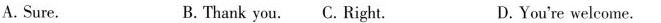
A.Sure. B.Thank you.C. Right. D.You're welcome.